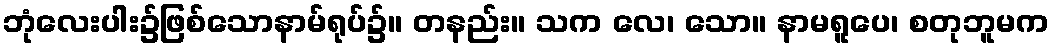
ဘုံလေးပါး၌ဖြစ်သောနာမ်ရုပ်၌။ တနည်း။ သက လေ၊ သော။ နာမရူပေ၊ စတုဘူမက